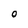
Character: O